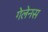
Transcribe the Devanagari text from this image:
गेलेनस